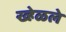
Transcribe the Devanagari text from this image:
ख्हेळले